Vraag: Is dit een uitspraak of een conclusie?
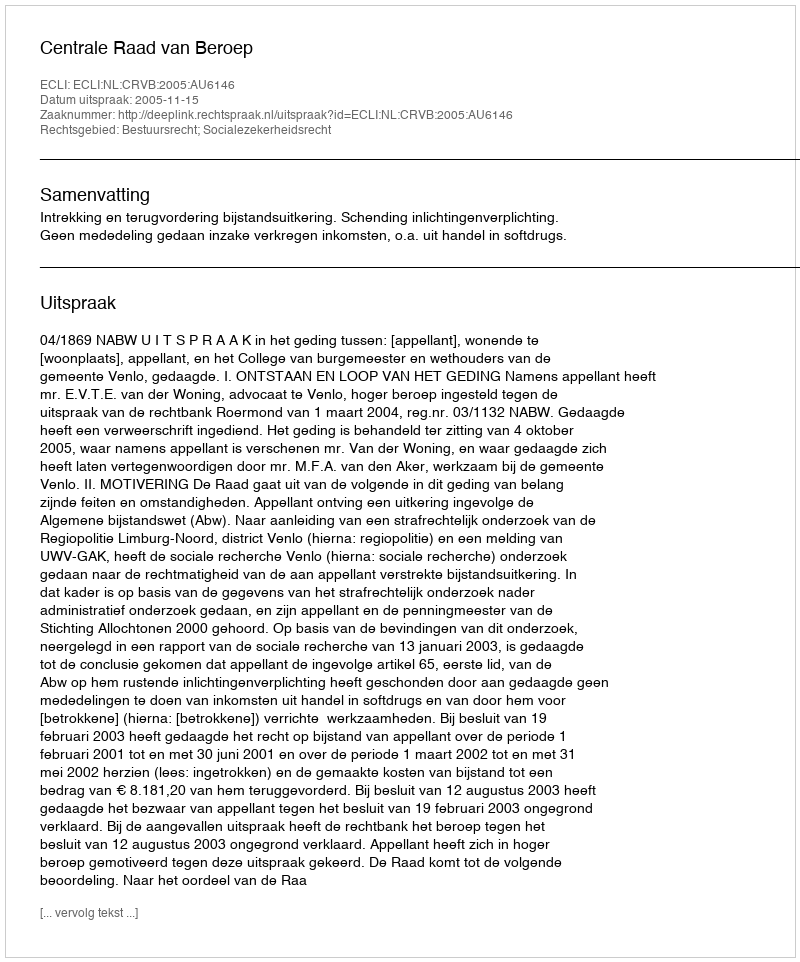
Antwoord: Uitspraak